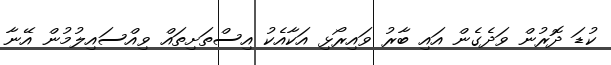
ކުޑަ ދޮރުން ވަދެގެން އައި ބާރު ވައިރޯޅި އަކާއެކު އިސްތަށިތައް ވިއްސައިލުމުން އޭނާ